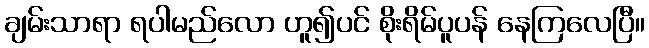
ချမ်းသာရာ ရပါမည်လော ဟူ၍ပင် စိုးရိမ်ပူပန် နေကြလေပြီ။